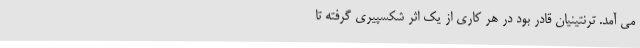
می آمد. ترنتینیان قادر بود در هر کاری از یک اثر شکسپیری گرفته تا